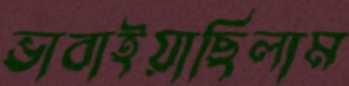
ভাবাইয়াছিলাম